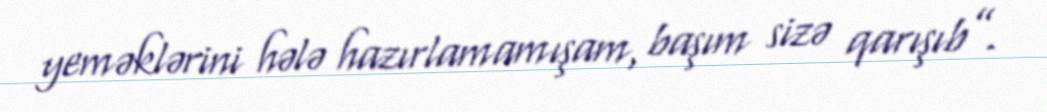
yeməklərini hələ hazırlamamışam, başım sizə qarışıb”.